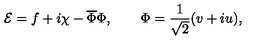
{ \cal E } = f + i \chi - \overline { { \Phi } } \Phi , \qquad \Phi = \frac { 1 } { \sqrt { 2 } } ( v + i u ) ,